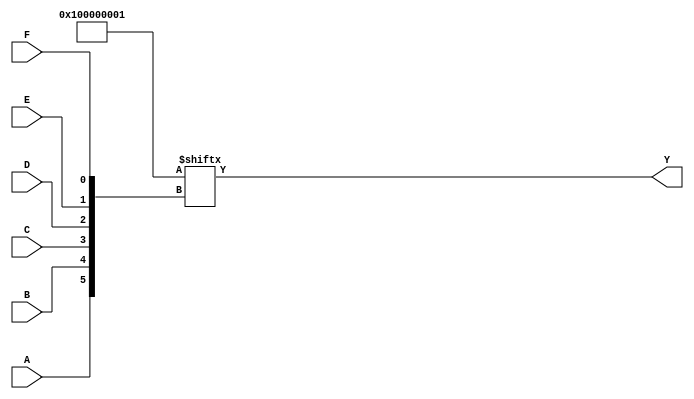
module six_variable_kmap (
    input wire A, 
    input wire B, 
    input wire C, 
    input wire D, 
    input wire E, 
    input wire F,
    output wire Y
);

// K-map representation as a 64-cell truth table
// Fill in the logic values according to your K-map
// Here, for illustration, I'll define some arbitrary values.
// You should replace this with the correct logic derived from your K-map.
wire [63:0] kmap = {
    // Row for E=0, F=0
    1, 1, 0, 0, 1, 1, 0, 0, // A=0, B=0, C=0, D=0 to 3
    1, 1, 0, 0, 1, 1, 0, 0, // A=0, B=0, C=1, D=0 to 3
    0, 0, 1, 1, 0, 0, 1, 1, // A=0, B=1, C=0, D=0 to 3
    0, 0, 1, 1, 0, 0, 1, 1, // A=0, B=1, C=1, D=0 to 3
    // Row for E=0, F=1
    1, 1, 0, 0, 1, 1, 0, 0, // A=1, B=0, C=0, D=0 to 3
    1, 1, 0, 0, 1, 1, 0, 0, // A=1, B=0, C=1, D=0 to 3
    0, 0, 1, 1, 0, 0, 1, 1, // A=1, B=1, C=0, D=0 to 3
    0, 0, 1, 1, 0, 0, 1, 1  // A=1, B=1, C=1, D=0 to 3
};

// Generate the output Y based on the K-map
assign Y = kmap[{A, B, C, D, E, F}];

endmodule